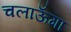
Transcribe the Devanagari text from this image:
चलाऊँगा